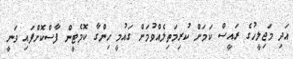
އަދި މަޖިލީހުގެ ރައީސް ކަމަށް ކުރިމަތިލެއްވުމަށް ގައުމީ ހިންގާ ކޮމެޓީން ފާސްކޮށްފައި ވަނީ